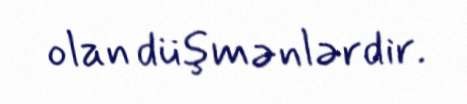
olan düşmənlərdir.